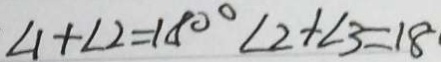
\angle 1 + \angle 2 = 1 8 0 ^ { \circ } \angle 2 + \angle 3 = 1 8